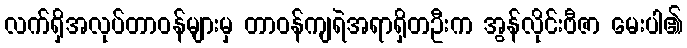
လက်ရှိအလုပ်တာဝန်များမှ တာဝန်ကျရဲအရာရှိတဦးက အွန်လိုင်းဗီဇာ မေးပါ၏